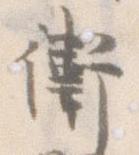
衛